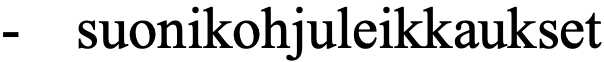
-  suonikohjuleikkaukset